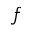
f